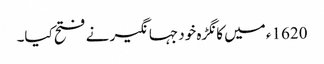
1620ء میں کانگڑہ خود جہانگیر نے فتح کیا۔